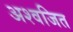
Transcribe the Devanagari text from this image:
अश्वजित